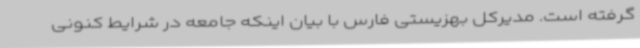
گرفته است. مدیرکل بهزیستی فارس با بیان اینکه جامعه در شرایط کنونی